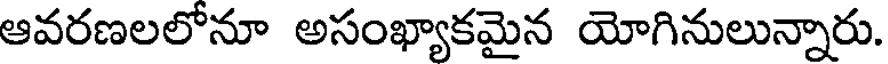
ఆవరణలలోనూ అసంఖ్యాకమైన యోగినులున్నారు.